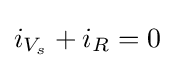
i_{V_{s}}+i_{R}=0